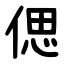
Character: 偲